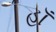
હાઁ